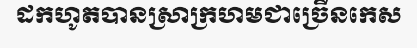
ដកហូតបានស្រាក្រហមជាច្រើនកេស